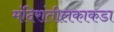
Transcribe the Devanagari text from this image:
मंदिरांतीलकाकडा